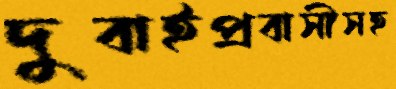
দুবাইপ্রবাসীসহ